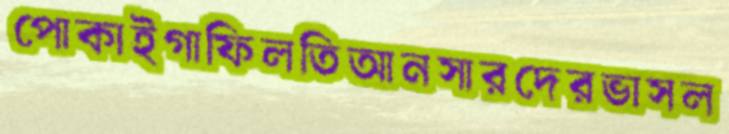
পোকাইগাফিলতিআনসারদেরভাসল